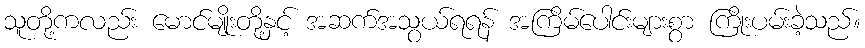
သူတို့ကလည်း မောင်မျိုးတို့နှင့် အဆက်အသွယ်ရရန် အကြိမ်ပေါင်းများစွာ ကြိုးပမ်းခဲ့သည်။